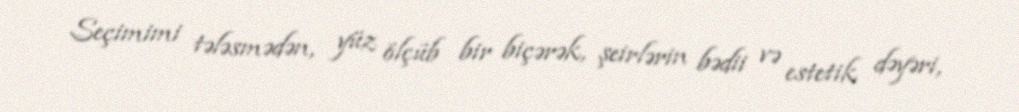
Seçimimi tələsmədən, yüz ölçüb bir biçərək, şeirlərin bədii və estetik dəyəri,